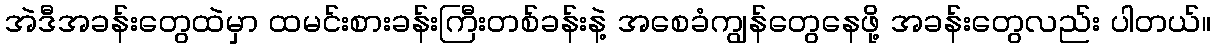
အဲဒီအခန်းတွေထဲမှာ ထမင်းစားခန်းကြီးတစ်ခန်းနဲ့ အစေခံကျွန်တွေနေဖို့ အခန်းတွေလည်း ပါတယ်။